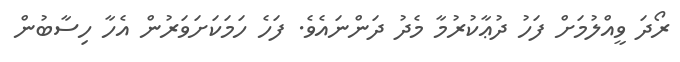
ރޯދަ ވީއްލުމަށް ފަހު ދުޢާކުރުމާ މެދު ދަންނައެވެ. ފަހެ ހަމަކަށަވަރުން އެހާ ހިސާބުން